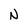
Character: N